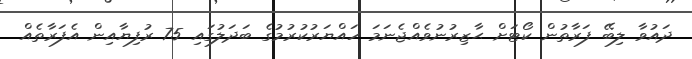
ދައުވާ ލިބޭ ފަރާތުން ކޯޓަށް ޙާޒިރުނުވެއްޖެނަމަ ހައްޔަރުކުރުމުގެ ބަދަލުގައި 75 ރުފިޔާއިން އެފަރާތެއް